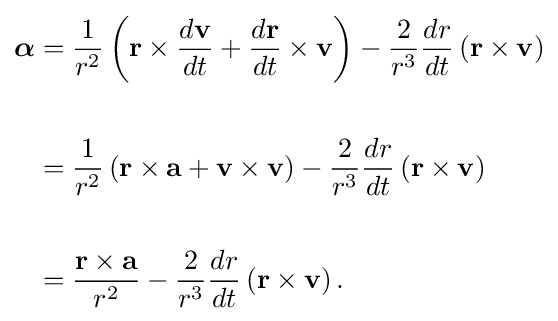
{\begin{aligned}{\boldsymbol {\alpha }}&={\frac {1}{r^{2}}}\left(\mathbf {r} \times {\frac {d\mathbf {v} }{dt}}+{\frac {d\mathbf {r} }{dt}}\times \mathbf {v} \right)-{\frac {2}{r^{3}}}{\frac {dr}{dt}}\left(\mathbf {r} \times \mathbf {v} \right)\\\\&={\frac {1}{r^{2}}}\left(\mathbf {r} \times \mathbf {a} +\mathbf {v} \times \mathbf {v} \right)-{\frac {2}{r^{3}}}{\frac {dr}{dt}}\left(\mathbf {r} \times \mathbf {v} \right)\\\\&={\frac {\mathbf {r} \times \mathbf {a} }{r^{2}}}-{\frac {2}{r^{3}}}{\frac {dr}{dt}}\left(\mathbf {r} \times \mathbf {v} \right).\end{aligned}}